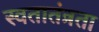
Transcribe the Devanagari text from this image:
स्वतातंत्रता